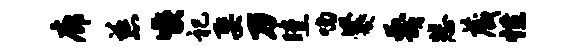
廊慈喉祀娶刀曛喃爨蔑悲藏性